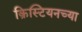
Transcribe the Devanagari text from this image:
क्रिस्टियनच्या